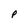
Character: P